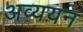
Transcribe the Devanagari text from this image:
अव्ययन